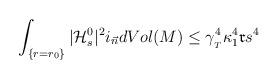
LaTeX: \begin{align*}\int_{\{r=r_0\}}|\mathcal{H}_s^0|^2i_{\vec{n}}dVol(M)\leq \gamma_{_T}^4\kappa_1^4 \mathfrak{r} s^4\end{align*}